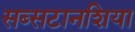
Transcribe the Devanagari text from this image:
सब्सटानशिया